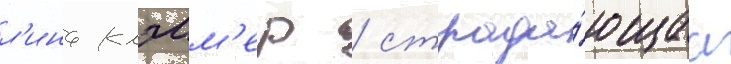
л'ина клэмм'ер / страда́ющаа